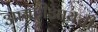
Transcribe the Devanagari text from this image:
आयटीआयची